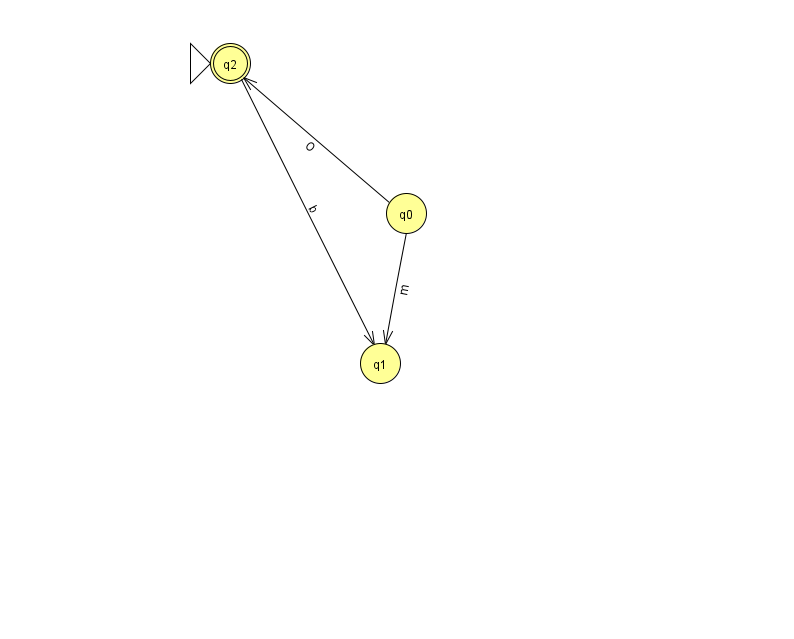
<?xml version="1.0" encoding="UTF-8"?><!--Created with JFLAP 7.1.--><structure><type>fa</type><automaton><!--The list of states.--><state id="0" name="q0"><x>406.0</x><y>200.0</y></state><state id="1" name="q1"><x>380.0</x><y>350.0</y></state><state id="2" name="q2"><x>230.0</x><y>50.0</y><initial/><final/></state><!--The list of transitions.--><transition><from>2</from><to>1</to><read>b</read></transition><transition><from>0</from><to>2</to><read>O</read></transition><transition><from>0</from><to>1</to><read>m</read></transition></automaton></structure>